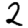
Digit: 2